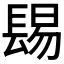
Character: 𨲎